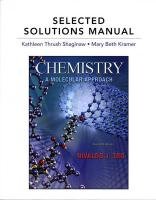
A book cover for Selected Solutions Manual for Chemistry: A Molecular Approach; Nivaldo J. Tro; Science & Math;